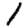
Digit: 1